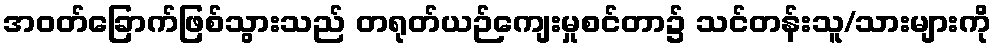
အဝတ်ခြောက်ဖြစ်သွားသည် တရုတ်ယဉ်ကျေးမှုစင်တာ၌ သင်တန်းသူ/သားများကို